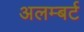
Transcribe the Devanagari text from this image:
अलम्बर्ट